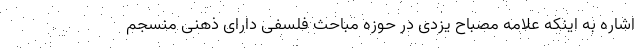
اشاره به اینکه علامه مصباح یزدی در حوزه مباحث فلسفی دارای ذهنی منسجم